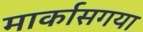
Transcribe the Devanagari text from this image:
मार्कासगया